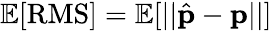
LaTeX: \mathbb{E}[\textrm{RMS}]=\mathbb{E}[||\hat{\textbf{p}}-\textbf{p}||]